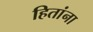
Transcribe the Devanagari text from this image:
हितांना